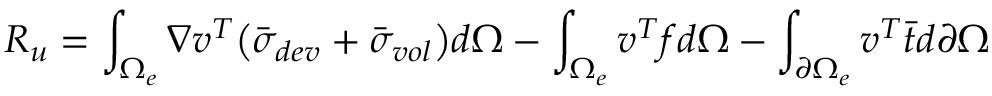
R _ { u } = \int _ { \Omega _ { e } } \nabla v ^ { T } { \left( \bar { \sigma } _ { d e v } + \bar { \sigma } _ { v o l } \right) } d \Omega - \int _ { \Omega _ { e } } v ^ { T } f d \Omega - \int _ { \partial \Omega _ { e } } v ^ { T } \Bar { t } d \partial \Omega